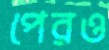
পেরও